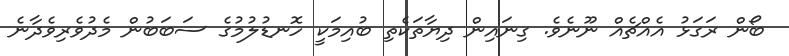
ބޯން ރަގަޅު އެއްޗެއް ނޫނެވެ. ގިނައިން ދިޔާތަކެތި ބުއިމަކީ ހޮނޑުލުމުގެ ސަބަބުން މެދުވެރިވެދާނެ